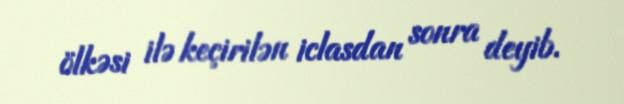
ölkəsi ilə keçirilən iclasdan sonra deyib.